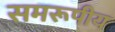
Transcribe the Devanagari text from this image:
समरूपीय